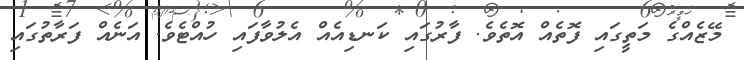
މޭޒެއްގެ މަތީގައި ފޮތެއް އޮތެވެ. ފާރުގައި ކަނޑިއެއް އެލުވާފައި ހުއްޓެވެ. އަނެއް ފަރާތުގައި